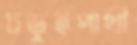
চড়ুইপাখী